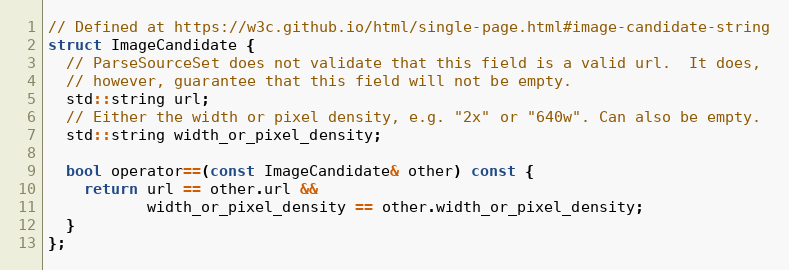
Language: C
// Defined at https://w3c.github.io/html/single-page.html#image-candidate-string
struct ImageCandidate {
  // ParseSourceSet does not validate that this field is a valid url.  It does,
  // however, guarantee that this field will not be empty.
  std::string url;
  // Either the width or pixel density, e.g. "2x" or "640w". Can also be empty.
  std::string width_or_pixel_density;

  bool operator==(const ImageCandidate& other) const {
    return url == other.url &&
           width_or_pixel_density == other.width_or_pixel_density;
  }
};